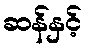
ဆန်နှင့်